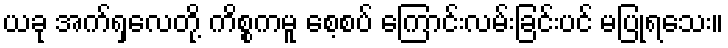
ယခု အက်ရှလေတို့ ကိစ္စကမူ စေ့စပ် ကြောင်းလမ်းခြင်းပင် မပြုရသေး။